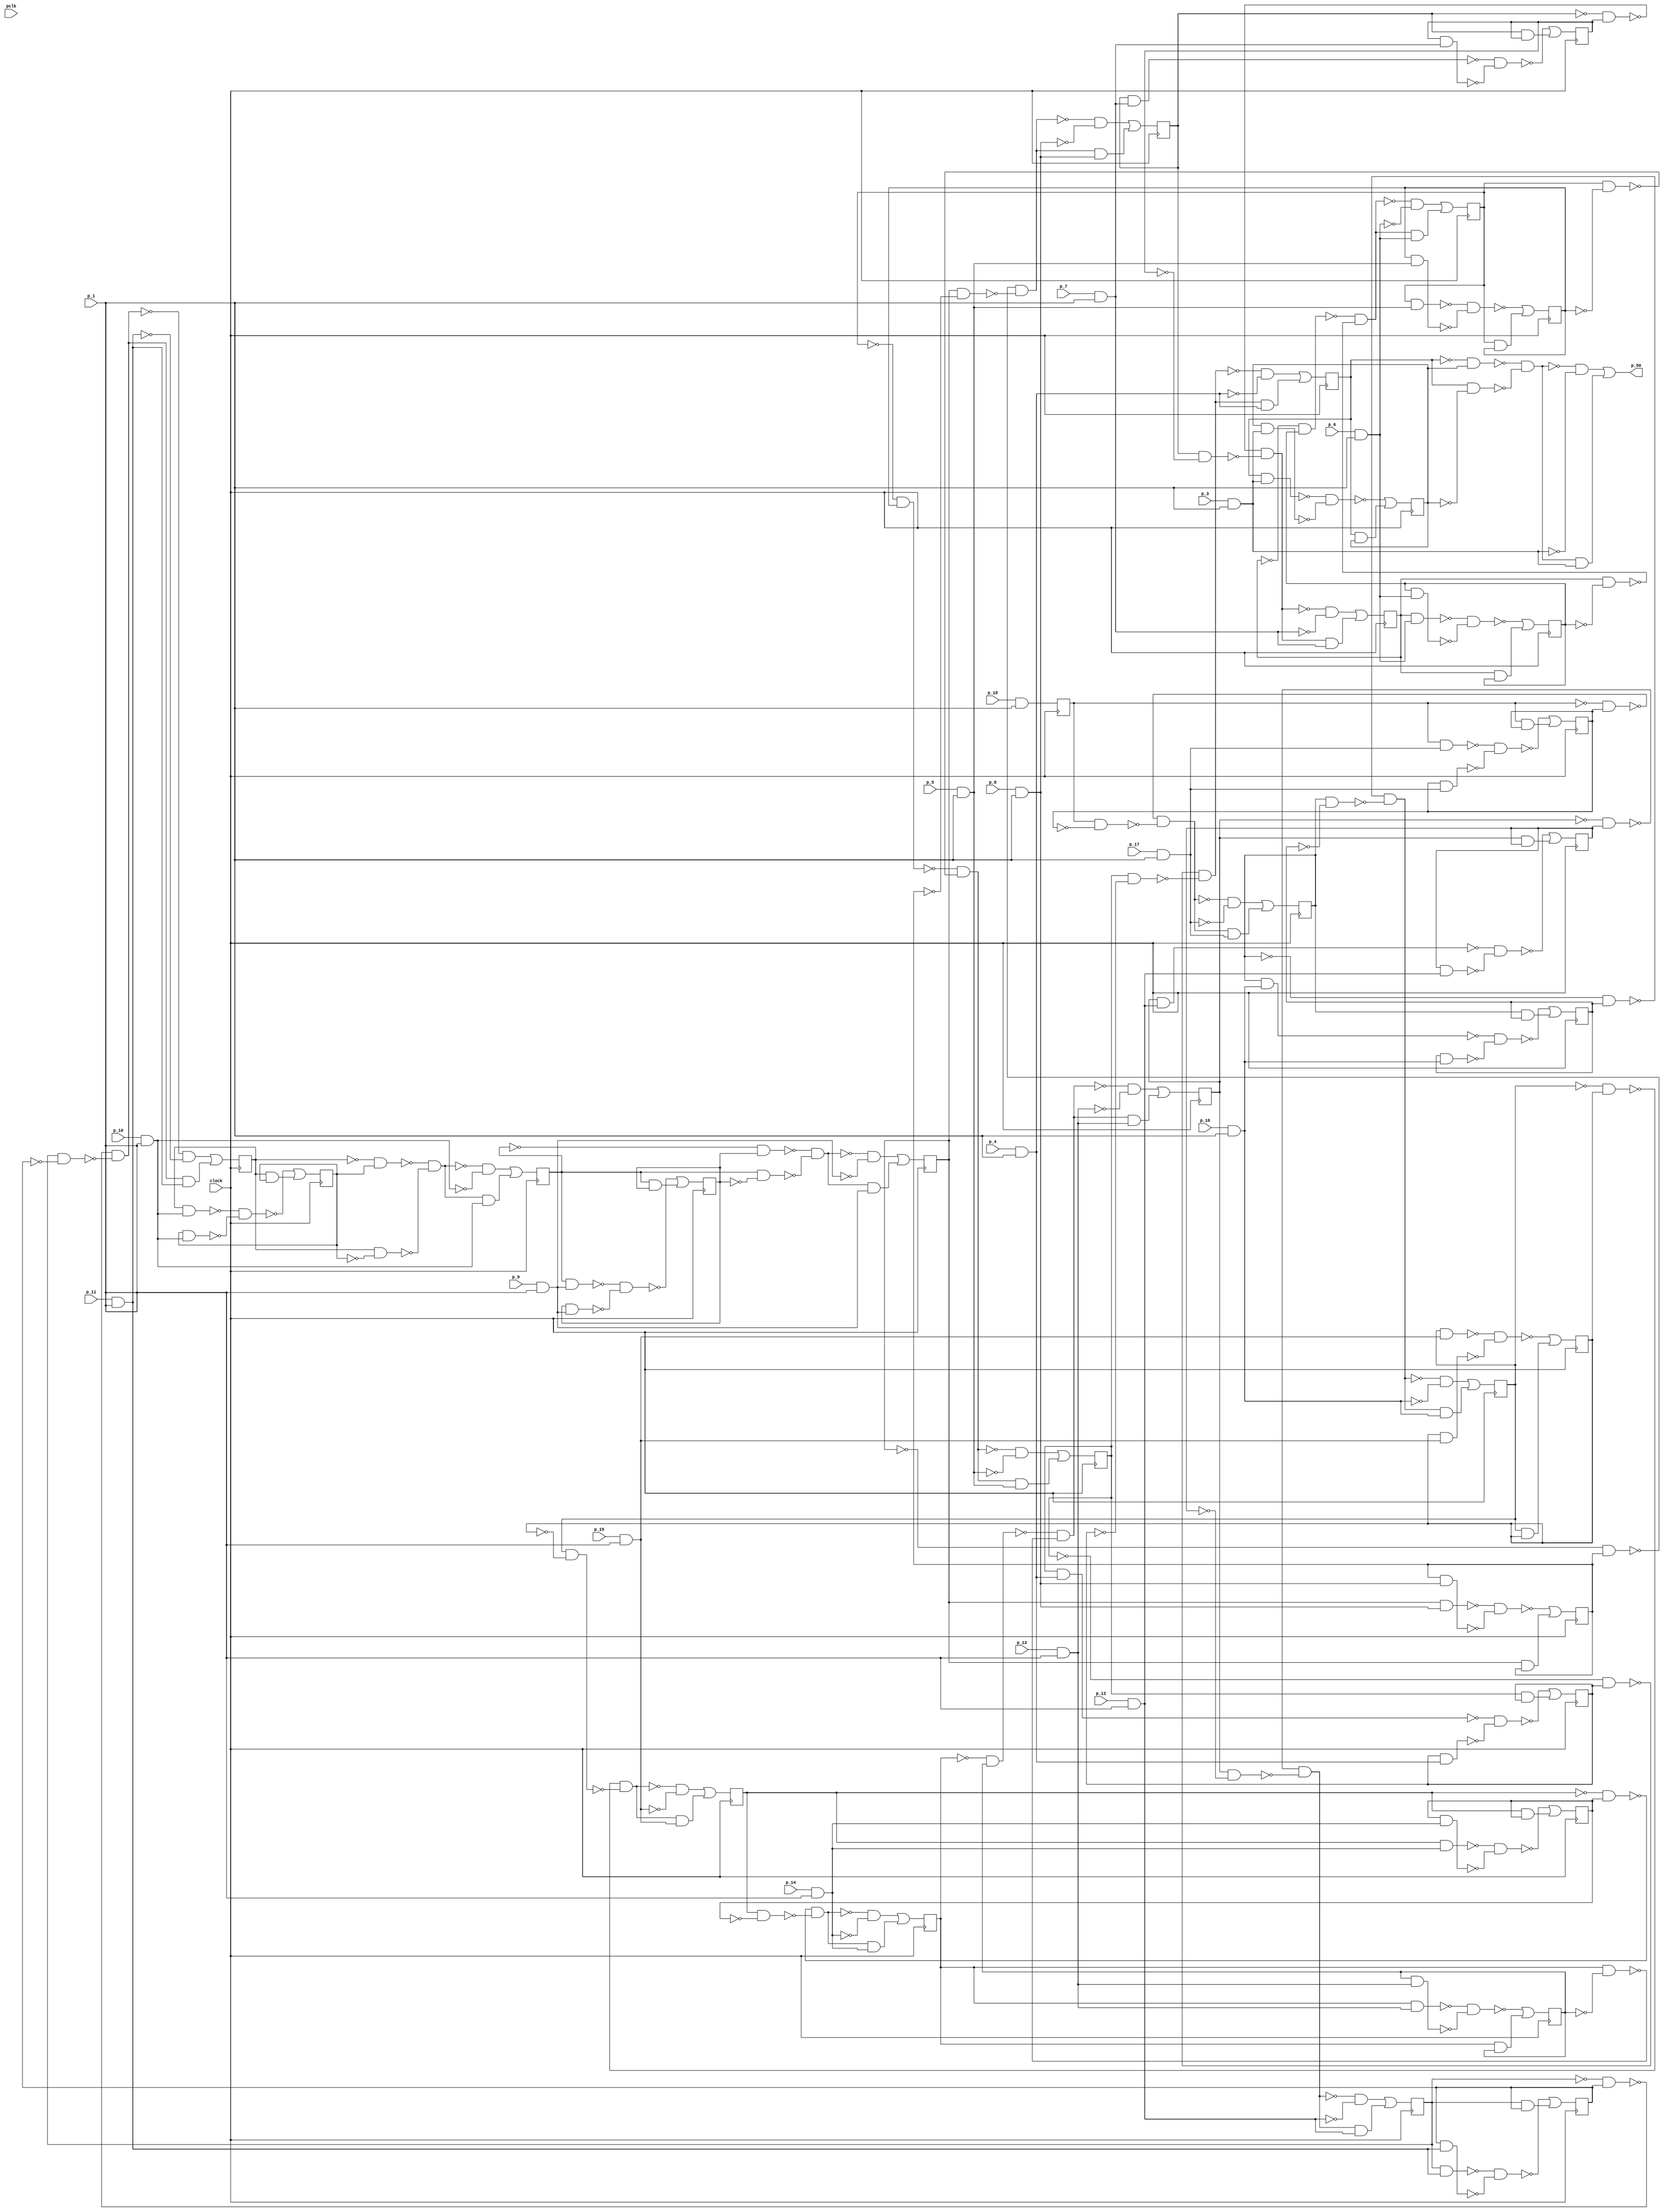
module top ( clock, 
    p_10, p_12, p_11, pclk, p_14, p_13, p_16, p_15, p_9, p_18, p_8, p_17,
    p_7, p_6, p_5, p_4, p_3, p_1,
    p_50  );
  input  clock;
  input  p_10, p_12, p_11, pclk, p_14, p_13, p_16, p_15, p_9, p_18, p_8,
    p_17, p_7, p_6, p_5, p_4, p_3, p_1;
  output p_50;
  reg n_28, n_24, n_25, n_26, n_27, n_20, n_21, n_22, n_23, n_2, n_29, n_40,
    n_30, n_39, n_31, n_42, n_32, n_41, n_33, n_44, n_34, n_43, n_35, n_46,
    n_36, n_45, n_37, n_48, n_38, n_47;
  wire new_n110_1_, new_n111_, new_n112_, new_n113_, new_n114_, new_n115_1_,
    new_n117_, new_n118_, new_n119_, new_n120_1_, new_n121_, new_n122_,
    new_n124_, new_n125_1_, new_n126_, new_n127_, new_n128_, new_n129_,
    new_n131_, new_n132_, new_n133_, new_n134_, new_n135_1_, new_n136_,
    new_n138_, new_n139_, new_n140_1_, new_n141_, new_n142_, new_n143_,
    new_n145_1_, new_n146_, new_n147_, new_n148_, new_n149_, new_n150_1_,
    new_n152_, new_n153_, new_n154_, new_n155_1_, new_n156_, new_n157_,
    new_n159_, new_n160_1_, new_n161_, new_n162_, new_n163_, new_n164_,
    new_n166_, new_n167_, new_n168_, new_n169_, new_n170_1_, new_n171_,
    new_n173_, new_n174_, new_n175_1_, new_n176_, new_n177_, new_n178_,
    new_n181_, new_n182_, new_n183_, new_n184_, new_n185_1_, new_n186_,
    new_n188_, new_n189_, new_n190_, new_n191_, new_n193_, new_n194_,
    new_n195_, new_n196_, new_n197_, new_n198_, new_n200_, new_n201_,
    new_n202_, new_n203_, new_n205_, new_n206_, new_n207_, new_n208_,
    new_n209_, new_n210_, new_n212_, new_n213_, new_n214_, new_n215_,
    new_n217_, new_n218_, new_n219_, new_n220_, new_n221_, new_n222_,
    new_n224_, new_n225_, new_n226_, new_n227_, new_n229_, new_n230_,
    new_n231_, new_n232_, new_n233_, new_n234_, new_n236_, new_n237_,
    new_n238_, new_n239_, new_n241_, new_n242_, new_n243_, new_n244_,
    new_n246_, new_n247_, new_n248_, new_n249_, new_n251_, new_n252_,
    new_n253_, new_n254_, new_n256_, new_n257_, new_n258_, new_n259_,
    new_n261_, new_n262_, new_n263_, new_n264_, new_n266_, new_n267_,
    new_n268_, new_n269_, new_n271_, new_n272_, new_n273_, new_n274_,
    new_n276_, new_n277_, new_n278_, new_n279_, new_n281_, new_n282_,
    new_n283_, new_n284_, new_n286_, new_n287_, new_n288_, new_n289_, n40,
    n45, n50, n55, n60, n65, n70, n75, n80, n85, n90, n95, n100, n105,
    n110, n115, n120, n125, n130, n135, n140, n145, n150, n155, n160, n165,
    n170, n175, n180, n185;
  assign new_n110_1_ = ~n_20 & n_34;
  assign new_n111_ = n_20 & ~n_34;
  assign new_n112_ = ~new_n110_1_ & ~new_n111_;
  assign new_n113_ = p_3 & p_1;
  assign new_n114_ = ~new_n112_ & ~new_n113_;
  assign new_n115_1_ = new_n112_ & new_n113_;
  assign p_50 = new_n114_ | new_n115_1_;
  assign new_n117_ = ~n_29 & n_43;
  assign new_n118_ = n_29 & ~n_43;
  assign new_n119_ = ~new_n117_ & ~new_n118_;
  assign new_n120_1_ = p_12 & p_1;
  assign new_n121_ = ~new_n119_ & ~new_n120_1_;
  assign new_n122_ = new_n119_ & new_n120_1_;
  assign n40 = new_n121_ | new_n122_;
  assign new_n124_ = ~n_25 & n_39;
  assign new_n125_1_ = n_25 & ~n_39;
  assign new_n126_ = ~new_n124_ & ~new_n125_1_;
  assign new_n127_ = p_8 & p_1;
  assign new_n128_ = ~new_n126_ & ~new_n127_;
  assign new_n129_ = new_n126_ & new_n127_;
  assign n45 = new_n128_ | new_n129_;
  assign new_n131_ = ~n_26 & n_40;
  assign new_n132_ = n_26 & ~n_40;
  assign new_n133_ = ~new_n131_ & ~new_n132_;
  assign new_n134_ = p_9 & p_1;
  assign new_n135_1_ = ~new_n133_ & ~new_n134_;
  assign new_n136_ = new_n133_ & new_n134_;
  assign n50 = new_n135_1_ | new_n136_;
  assign new_n138_ = ~n_27 & n_41;
  assign new_n139_ = n_27 & ~n_41;
  assign new_n140_1_ = ~new_n138_ & ~new_n139_;
  assign new_n141_ = p_10 & p_1;
  assign new_n142_ = ~new_n140_1_ & ~new_n141_;
  assign new_n143_ = new_n140_1_ & new_n141_;
  assign n55 = new_n142_ | new_n143_;
  assign new_n145_1_ = ~n_28 & n_42;
  assign new_n146_ = n_28 & ~n_42;
  assign new_n147_ = ~new_n145_1_ & ~new_n146_;
  assign new_n148_ = p_11 & p_1;
  assign new_n149_ = ~new_n147_ & ~new_n148_;
  assign new_n150_1_ = new_n147_ & new_n148_;
  assign n60 = new_n149_ | new_n150_1_;
  assign new_n152_ = ~n_21 & n_35;
  assign new_n153_ = n_21 & ~n_35;
  assign new_n154_ = ~new_n152_ & ~new_n153_;
  assign new_n155_1_ = p_4 & p_1;
  assign new_n156_ = ~new_n154_ & ~new_n155_1_;
  assign new_n157_ = new_n154_ & new_n155_1_;
  assign n65 = new_n156_ | new_n157_;
  assign new_n159_ = ~n_22 & n_36;
  assign new_n160_1_ = n_22 & ~n_36;
  assign new_n161_ = ~new_n159_ & ~new_n160_1_;
  assign new_n162_ = p_5 & p_1;
  assign new_n163_ = ~new_n161_ & ~new_n162_;
  assign new_n164_ = new_n161_ & new_n162_;
  assign n70 = new_n163_ | new_n164_;
  assign new_n166_ = ~n_23 & n_37;
  assign new_n167_ = n_23 & ~n_37;
  assign new_n168_ = ~new_n166_ & ~new_n167_;
  assign new_n169_ = p_6 & p_1;
  assign new_n170_1_ = ~new_n168_ & ~new_n169_;
  assign new_n171_ = new_n168_ & new_n169_;
  assign n75 = new_n170_1_ | new_n171_;
  assign new_n173_ = ~n_24 & n_38;
  assign new_n174_ = n_24 & ~n_38;
  assign new_n175_1_ = ~new_n173_ & ~new_n174_;
  assign new_n176_ = p_7 & p_1;
  assign new_n177_ = ~new_n175_1_ & ~new_n176_;
  assign new_n178_ = new_n175_1_ & new_n176_;
  assign n80 = new_n177_ | new_n178_;
  assign n85 = p_18 & p_1;
  assign new_n181_ = ~n_30 & n_44;
  assign new_n182_ = n_30 & ~n_44;
  assign new_n183_ = ~new_n181_ & ~new_n182_;
  assign new_n184_ = p_13 & p_1;
  assign new_n185_1_ = ~new_n183_ & ~new_n184_;
  assign new_n186_ = new_n183_ & new_n184_;
  assign n90 = new_n185_1_ | new_n186_;
  assign new_n188_ = n_26 & new_n134_;
  assign new_n189_ = n_40 & new_n134_;
  assign new_n190_ = ~new_n188_ & ~new_n189_;
  assign new_n191_ = n_26 & n_40;
  assign n95 = ~new_n190_ | new_n191_;
  assign new_n193_ = ~n_31 & n_45;
  assign new_n194_ = n_31 & ~n_45;
  assign new_n195_ = ~new_n193_ & ~new_n194_;
  assign new_n196_ = p_14 & p_1;
  assign new_n197_ = ~new_n195_ & ~new_n196_;
  assign new_n198_ = new_n195_ & new_n196_;
  assign n100 = new_n197_ | new_n198_;
  assign new_n200_ = n_25 & new_n127_;
  assign new_n201_ = n_39 & new_n127_;
  assign new_n202_ = ~new_n200_ & ~new_n201_;
  assign new_n203_ = n_25 & n_39;
  assign n105 = ~new_n202_ | new_n203_;
  assign new_n205_ = ~n_32 & n_46;
  assign new_n206_ = n_32 & ~n_46;
  assign new_n207_ = ~new_n205_ & ~new_n206_;
  assign new_n208_ = p_15 & p_1;
  assign new_n209_ = ~new_n207_ & ~new_n208_;
  assign new_n210_ = new_n207_ & new_n208_;
  assign n110 = new_n209_ | new_n210_;
  assign new_n212_ = n_28 & new_n148_;
  assign new_n213_ = n_42 & new_n148_;
  assign new_n214_ = ~new_n212_ & ~new_n213_;
  assign new_n215_ = n_28 & n_42;
  assign n115 = ~new_n214_ | new_n215_;
  assign new_n217_ = ~n_33 & n_47;
  assign new_n218_ = n_33 & ~n_47;
  assign new_n219_ = ~new_n217_ & ~new_n218_;
  assign new_n220_ = p_16 & p_1;
  assign new_n221_ = ~new_n219_ & ~new_n220_;
  assign new_n222_ = new_n219_ & new_n220_;
  assign n120 = new_n221_ | new_n222_;
  assign new_n224_ = n_27 & new_n141_;
  assign new_n225_ = n_41 & new_n141_;
  assign new_n226_ = ~new_n224_ & ~new_n225_;
  assign new_n227_ = n_27 & n_41;
  assign n125 = ~new_n226_ | new_n227_;
  assign new_n229_ = ~n_2 & n_48;
  assign new_n230_ = n_2 & ~n_48;
  assign new_n231_ = ~new_n229_ & ~new_n230_;
  assign new_n232_ = p_17 & p_1;
  assign new_n233_ = ~new_n231_ & ~new_n232_;
  assign new_n234_ = new_n231_ & new_n232_;
  assign n130 = new_n233_ | new_n234_;
  assign new_n236_ = n_30 & new_n184_;
  assign new_n237_ = n_44 & new_n184_;
  assign new_n238_ = ~new_n236_ & ~new_n237_;
  assign new_n239_ = n_30 & n_44;
  assign n135 = ~new_n238_ | new_n239_;
  assign new_n241_ = n_20 & new_n113_;
  assign new_n242_ = n_34 & new_n113_;
  assign new_n243_ = ~new_n241_ & ~new_n242_;
  assign new_n244_ = n_20 & n_34;
  assign n140 = ~new_n243_ | new_n244_;
  assign new_n246_ = n_29 & new_n120_1_;
  assign new_n247_ = n_43 & new_n120_1_;
  assign new_n248_ = ~new_n246_ & ~new_n247_;
  assign new_n249_ = n_29 & n_43;
  assign n145 = ~new_n248_ | new_n249_;
  assign new_n251_ = n_21 & new_n155_1_;
  assign new_n252_ = n_35 & new_n155_1_;
  assign new_n253_ = ~new_n251_ & ~new_n252_;
  assign new_n254_ = n_21 & n_35;
  assign n150 = ~new_n253_ | new_n254_;
  assign new_n256_ = n_32 & new_n208_;
  assign new_n257_ = n_46 & new_n208_;
  assign new_n258_ = ~new_n256_ & ~new_n257_;
  assign new_n259_ = n_32 & n_46;
  assign n155 = ~new_n258_ | new_n259_;
  assign new_n261_ = n_22 & new_n162_;
  assign new_n262_ = n_36 & new_n162_;
  assign new_n263_ = ~new_n261_ & ~new_n262_;
  assign new_n264_ = n_22 & n_36;
  assign n160 = ~new_n263_ | new_n264_;
  assign new_n266_ = n_31 & new_n196_;
  assign new_n267_ = n_45 & new_n196_;
  assign new_n268_ = ~new_n266_ & ~new_n267_;
  assign new_n269_ = n_31 & n_45;
  assign n165 = ~new_n268_ | new_n269_;
  assign new_n271_ = n_23 & new_n169_;
  assign new_n272_ = n_37 & new_n169_;
  assign new_n273_ = ~new_n271_ & ~new_n272_;
  assign new_n274_ = n_23 & n_37;
  assign n170 = ~new_n273_ | new_n274_;
  assign new_n276_ = n_2 & new_n232_;
  assign new_n277_ = n_48 & new_n232_;
  assign new_n278_ = ~new_n276_ & ~new_n277_;
  assign new_n279_ = n_2 & n_48;
  assign n175 = ~new_n278_ | new_n279_;
  assign new_n281_ = n_24 & new_n176_;
  assign new_n282_ = n_38 & new_n176_;
  assign new_n283_ = ~new_n281_ & ~new_n282_;
  assign new_n284_ = n_24 & n_38;
  assign n180 = ~new_n283_ | new_n284_;
  assign new_n286_ = n_33 & new_n220_;
  assign new_n287_ = n_47 & new_n220_;
  assign new_n288_ = ~new_n286_ & ~new_n287_;
  assign new_n289_ = n_33 & n_47;
  assign n185 = ~new_n288_ | new_n289_;
  always @ (posedge clock) begin
    n_28 <= n40;
    n_24 <= n45;
    n_25 <= n50;
    n_26 <= n55;
    n_27 <= n60;
    n_20 <= n65;
    n_21 <= n70;
    n_22 <= n75;
    n_23 <= n80;
    n_2 <= n85;
    n_29 <= n90;
    n_40 <= n95;
    n_30 <= n100;
    n_39 <= n105;
    n_31 <= n110;
    n_42 <= n115;
    n_32 <= n120;
    n_41 <= n125;
    n_33 <= n130;
    n_44 <= n135;
    n_34 <= n140;
    n_43 <= n145;
    n_35 <= n150;
    n_46 <= n155;
    n_36 <= n160;
    n_45 <= n165;
    n_37 <= n170;
    n_48 <= n175;
    n_38 <= n180;
    n_47 <= n185;
  end
endmodule